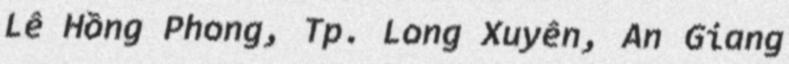
Lê Hồng Phong, Tp. Long Xuyên, An Giang